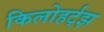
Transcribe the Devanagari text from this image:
किलोहर्ट्‌झ